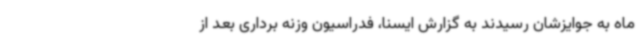
ماه به جوایزشان رسیدند به گزارش ایسنا، فدراسیون وزنه برداری بعد از